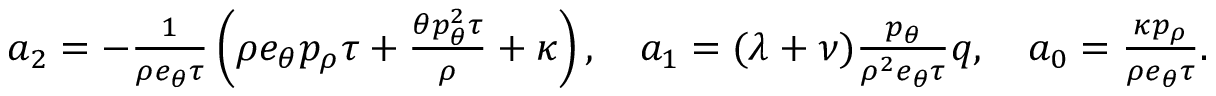
\begin{array} { r } { a _ { 2 } = - \frac { 1 } { \rho e _ { \theta } \tau } \left( \rho e _ { \theta } p _ { \rho } \tau + \frac { \theta p _ { \theta } ^ { 2 } \tau } { \rho } + \kappa \right) , \quad a _ { 1 } = ( \lambda + \nu ) \frac { p _ { \theta } } { \rho ^ { 2 } e _ { \theta } \tau } q , \quad a _ { 0 } = \frac { \kappa p _ { \rho } } { \rho e _ { \theta } \tau } . } \end{array}